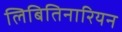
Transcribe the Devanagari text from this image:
लिबितिनारियन